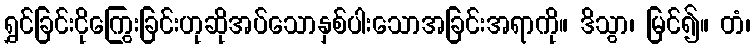
ရွှင်ခြင်းငိုကြွေးခြင်းဟုဆိုအပ်သောနှစ်ပါးသောအခြင်းအရာကို။ ဒိသွာ၊ မြင်၍။ တံ၊